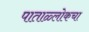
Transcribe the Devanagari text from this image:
पाताळ्लोकचा